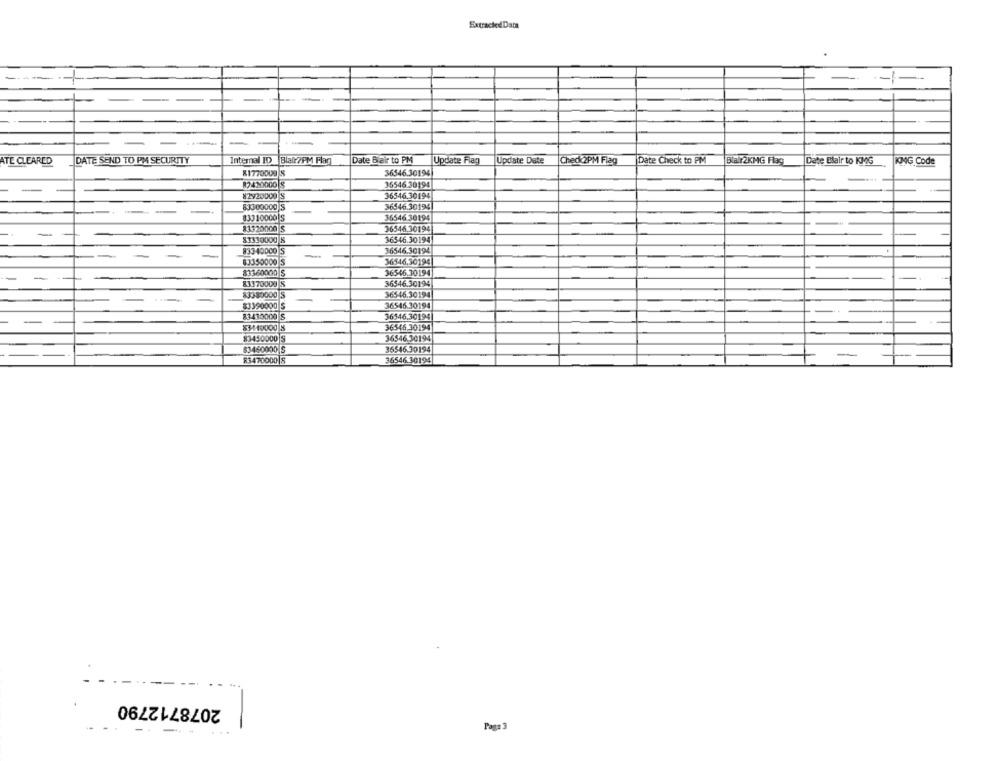
Extracted Data
DATE SEND TO PM SECURITY
Internal ID Blair7PM Flan
Date Blair to PM
Update Flag
Update Date
Check 2PM Flag
Date Check to PM
Bar2KMG Flay
Date Blair to KMG
KING Code
ATE CLEARED
81770000 $
36546.30194
35546 30194
87420000 $
82920000 S
36546.30194
83300000 S
36546.30194
83310000 S
36546 30194
83320000 5
36546.30194
-
83330000 8
36546.30194
83340000 5
36546.30194
--
-
83350000 5
36546,30194
83360000 $
36546.30194
-
36546.30194
83370000 5
83330000 5
36546.30194
$3390000 5
36545.30194
83430000 S
36546.30194
$3140000 5
36546.30194
83450000 S
36546.30194
83-450000|S
36546.30194
R3470000 |S
36546.30194
2078712790
--
Page 3